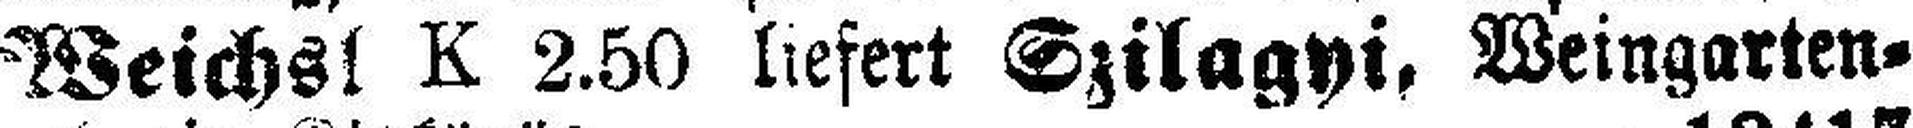
Weichs! K 2.50 liefert Szilagyi, Weingarten¬